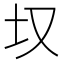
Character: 𪢲